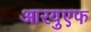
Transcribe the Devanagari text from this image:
आरयुएफ